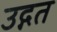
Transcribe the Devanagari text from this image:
उद्गत